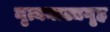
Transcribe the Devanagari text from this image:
नृत्यनाट्यगृह